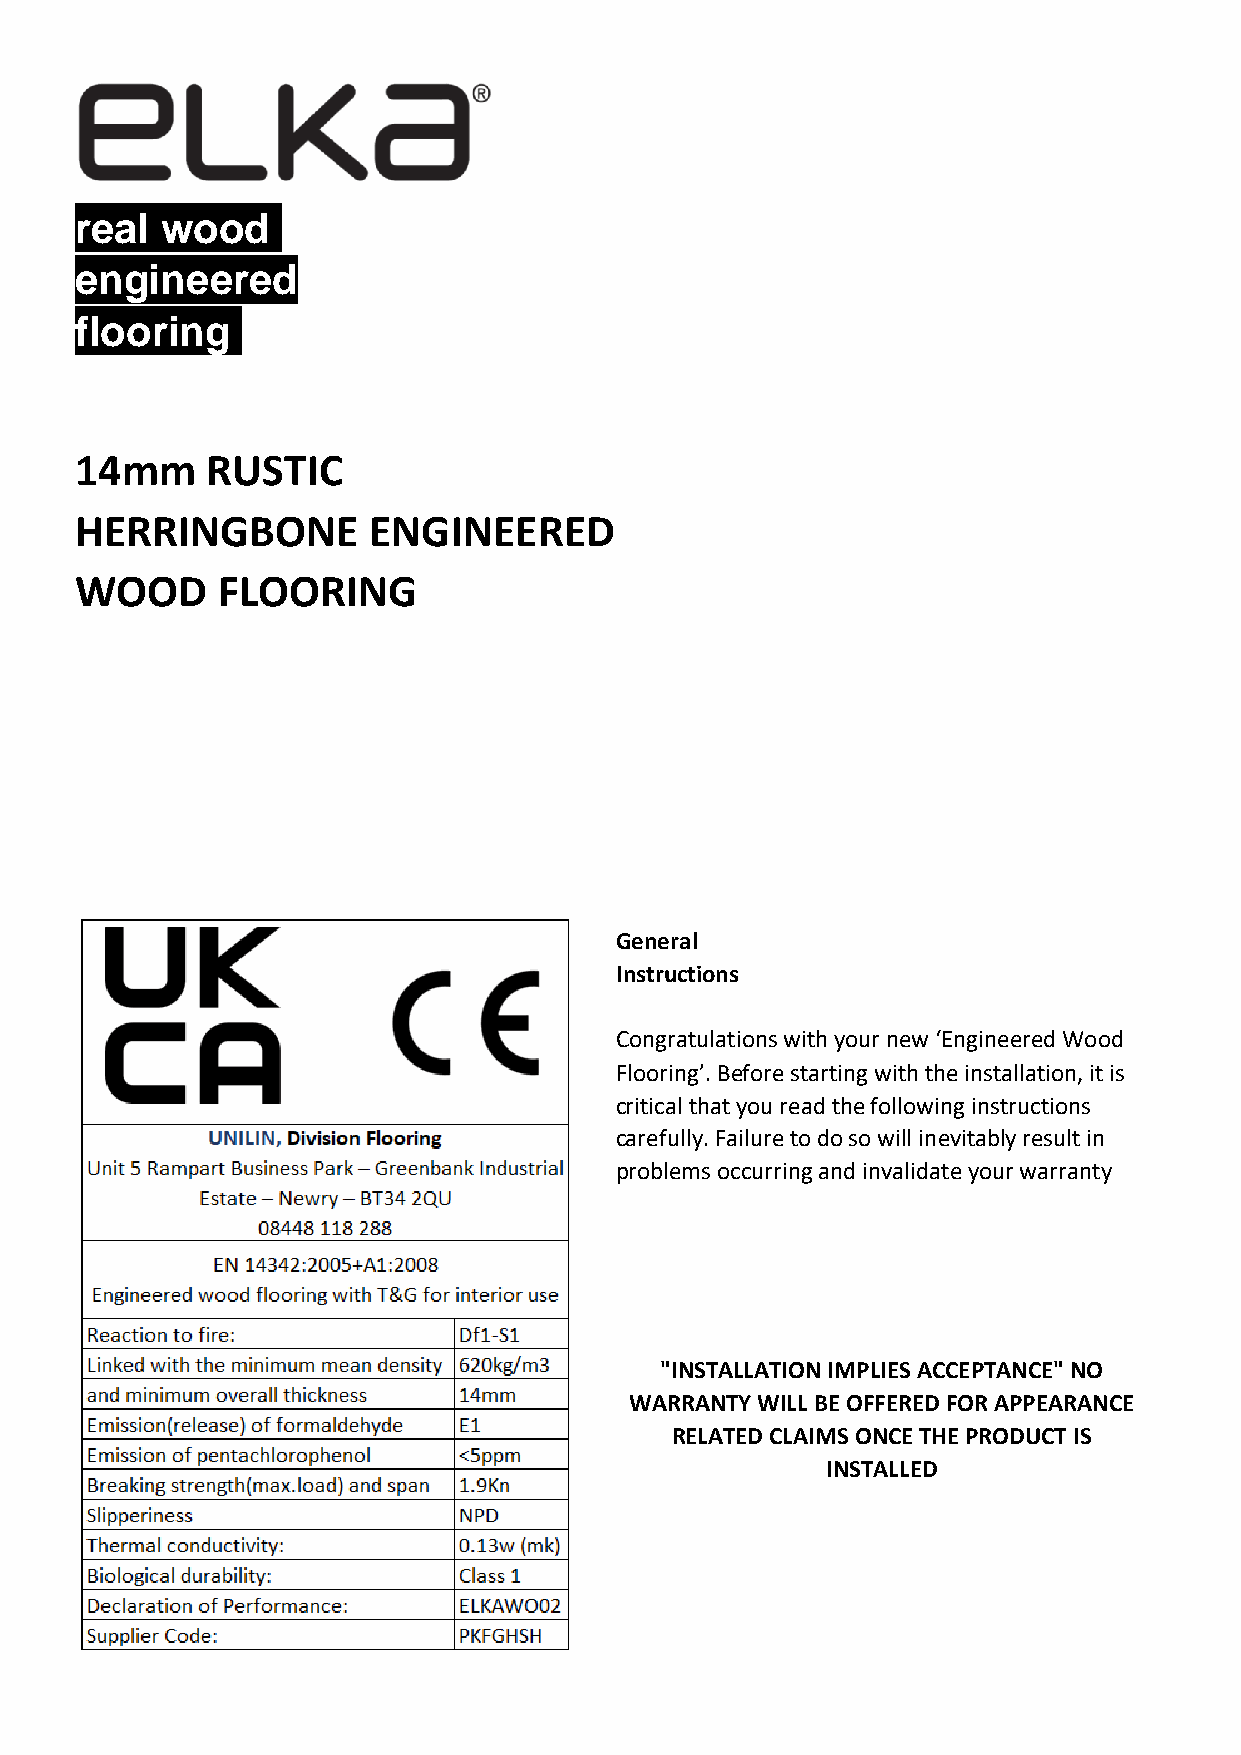
real  wood.
 engineered.
 flooring.
 14mm     RUSTIC
 HERRINGBONE        ENGINEERED
 WOOD     FLOORING
 General
 Instructions
 Congratulations with your new ‘Engineered Wood
 Flooring’. Before starting with the installation, it is
 critical that you read the following instructions
 carefully. Failure to do so will inevitably result in
 problems occurring and invalidate your warranty
 "INSTALLATION IMPLIES ACCEPTANCE" NO
 WARRANTY WILL BE OFFERED FOR APPEARANCE
 RELATED CLAIMS ONCE THE PRODUCT IS
 INSTALLED